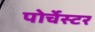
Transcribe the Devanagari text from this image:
पोर्चेस्टर